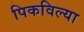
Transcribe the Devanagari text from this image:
पिकविल्या